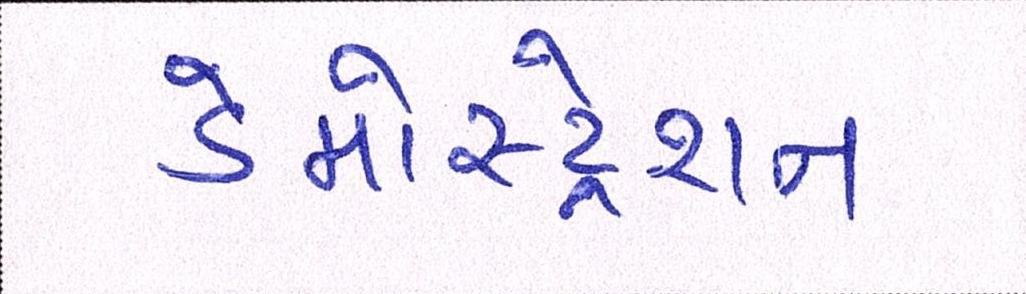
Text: ડેમોસ્ટ્રેશન